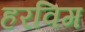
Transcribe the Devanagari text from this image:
हरविग